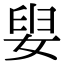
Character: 𡝨